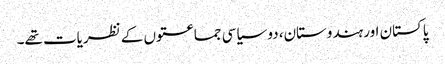
پاکستان اور ہندوستان، دو سیاسی جماعتوں کے نظریات تھے۔